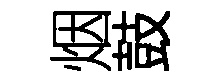
烟鼓